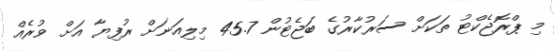
މި ޕްރޮޖެކްޓު ތަކަށް ސަރުކާރުގެ ބަޖެޓުން 45.7 މިލިއަނަށް ރުފިޔާ އަށް ވުރެއް